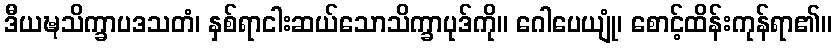
ဒီယဍ္ဎသိက္ခာပဒသတံ၊ နှစ်ရာငါးဆယ်သောသိက္ခာပုဒ်ကို။ ဂေါပေယျုံ၊ စောင့်ထိန်းကုန်ရာ၏။